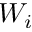
W _ { i }